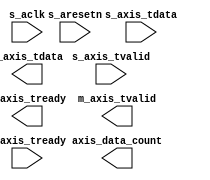
module dp_ram(
  s_aclk,
  s_aresetn,
  s_axis_tvalid,
  s_axis_tready,
  s_axis_tdata,
  m_axis_tvalid,
  m_axis_tready,
  m_axis_tdata,
  axis_data_count
);

input s_aclk;
input s_aresetn;
input s_axis_tvalid;
output s_axis_tready;
input [7 : 0] s_axis_tdata;
output m_axis_tvalid;
input m_axis_tready;
output [7 : 0] m_axis_tdata;
output [11 : 0] axis_data_count;

endmodule